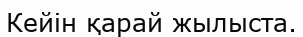
Кейін қарай жылыста.